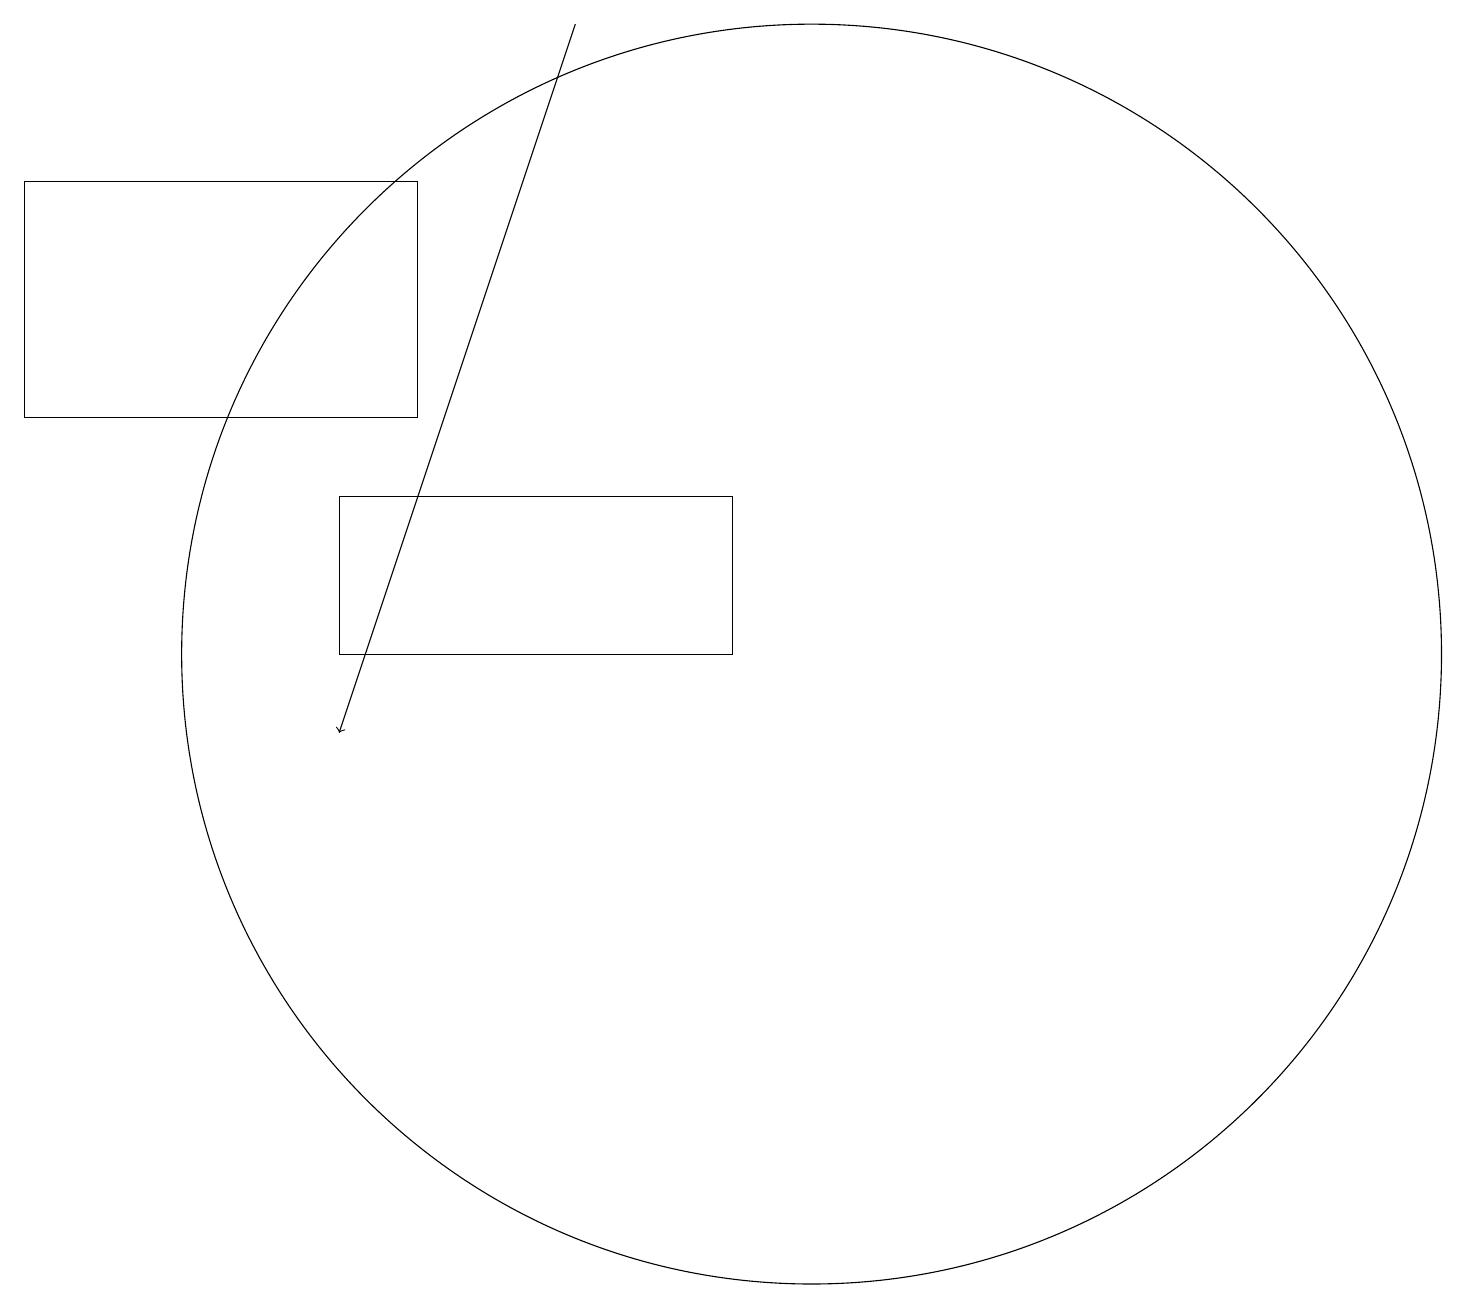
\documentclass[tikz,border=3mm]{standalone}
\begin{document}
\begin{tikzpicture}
\draw (9,13) rectangle (4,11);
\draw (0,17) rectangle (5,14);
\draw[->] (7,19) -- (4,10);
\draw (10,11) circle (8);
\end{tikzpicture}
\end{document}